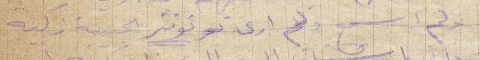
لم اسمع ولم أرى تونتر الحبيبة زكيه